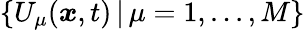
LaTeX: \{ U_{\mu}({\boldsymbol{x}},t)\, |\, \mu=1,...,M\}